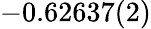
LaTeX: -0.62637(2)